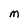
Character: M